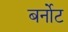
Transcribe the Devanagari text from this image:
बर्नोट